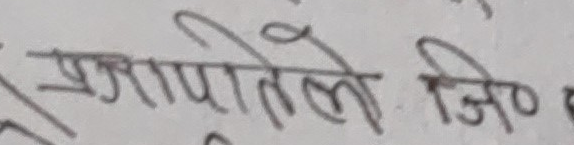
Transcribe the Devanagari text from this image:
प्रणालीले जिप